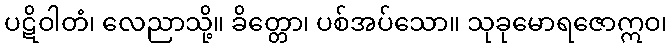
ပဋိဝါတံ၊ လေညာသို့။ ခိတ္တော၊ ပစ်အပ်သော။ သုခုမောရဇောဣဝ၊